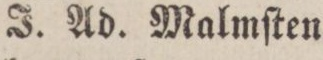
J. Ad. Malmſten.